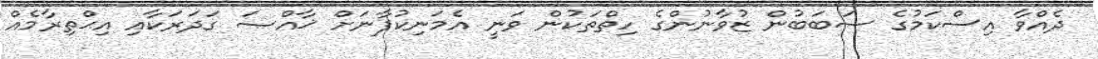
ދެއްވާ އިސްކަމުގެ ސަބަބުން ޒުވާނުންގެ ހިތްތަކުން ވަނީ އެމަނިކުފާނަށް ޚާއްޞަ ގަދަރަކާއި އިޙްތިރާމެއް